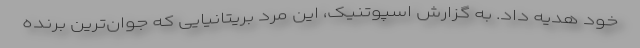
خود هدیه داد. به گزارش اسپوتنیک، این مرد بریتانیایی که جوان‌ترین برنده